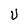
Character: U